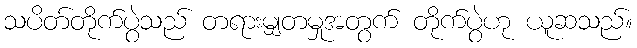
သပိတ်တိုက်ပွဲသည် တရားမျှတမှုအတွက် တိုက်ပွဲဟု ယူဆသည်။